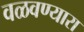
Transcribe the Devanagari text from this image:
वळवण्यारा